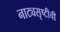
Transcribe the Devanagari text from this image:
नाट्यसृष्टीची